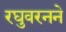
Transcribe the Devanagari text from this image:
रघुवरनने